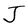
Character: J